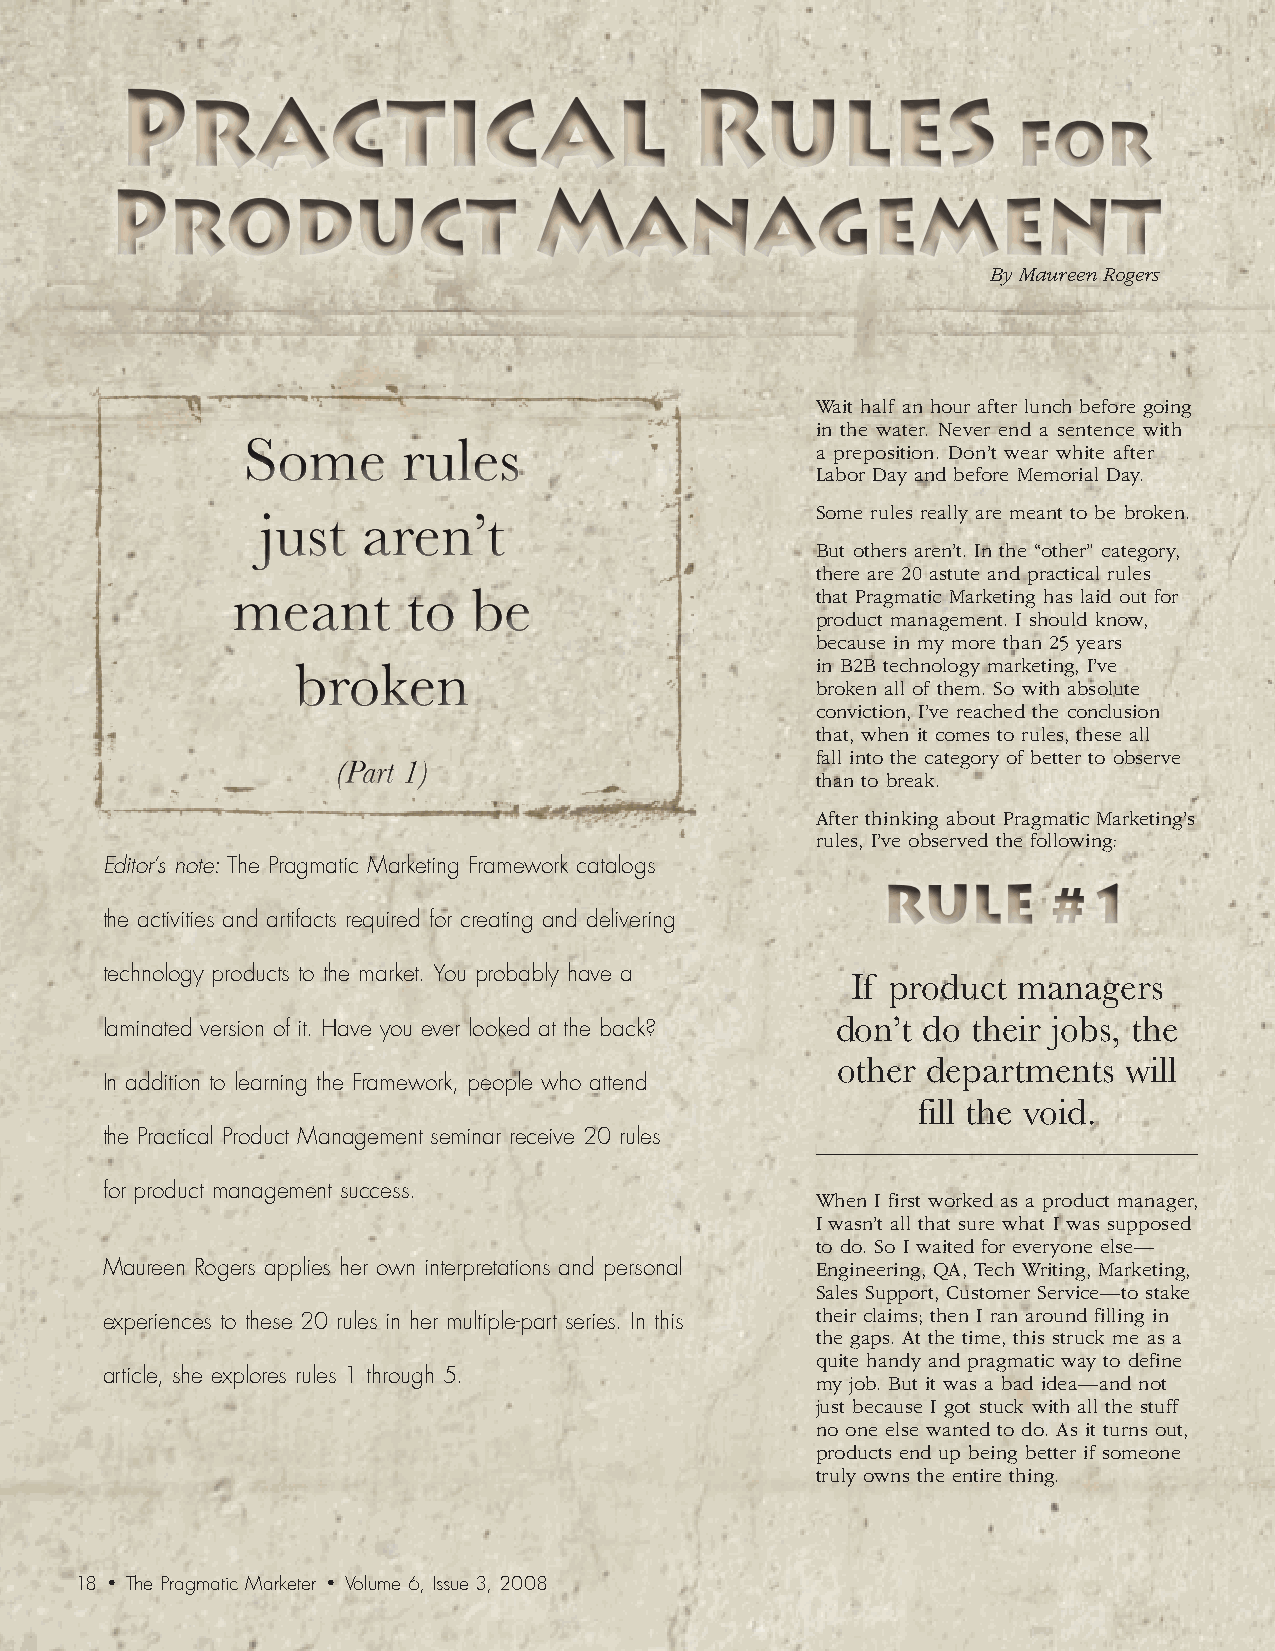
Practical                             Rules
 for
 Product                     Management
 By Maureen Rogers
 Wait half an hour after lunch before going
 in the water. Never end a sentence with
 a preposition. Don’t wear white after
 Labor Day and before Memorial Day.
 Some rules really are meant to be broken.
 But others aren’t. In the “other” category,
 there are 20 astute and practical rules
 that Pragmatic Marketing has laid out for
 product management. I should know,
 because in my more than 25 years
 in B2B technology marketing, I’ve
 broken all of them. So with absolute
 conviction, I’ve reached the conclusion
 that, when it comes to rules, these all
 fall into the category of better to observe
 than to break.
 After thinking about Pragmatic Marketing’s
 rules, I’ve observed the following:
 Editor’s note: The Pragmatic Marketing Framework catalogs
 RULE       #1
 the activities and artifacts required for creating and delivering
 technology products to the market. You probably have a If product managers
 don’t do their jobs, the
 laminated version of it. Have you ever looked at the back?
 other departments  will
 In addition to learning the Framework, people who attend
 fill the void.
 the Practical Product Management seminar receive 20 rules
 for product management success.
 When I first worked as a product manager,
 I wasn’t all that sure what I was supposed
 to do. So I waited for everyone else—
 Maureen Rogers applies her own interpretations and personal Engineering, QA, Tech Writing, Marketing,
 Sales Support, Customer Service—to stake
 their claims; then I ran around filling in
 experiences to these 20 rules in her multiple-part series. In this
 the gaps. At the time, this struck me as a
 quite handy and pragmatic way to define
 article, she explores rules 1 through 5.
 my job. But it was a bad idea—and not
 just because I got stuck with all the stuff
 no one else wanted to do. As it turns out,
 products end up being better if someone
 truly owns the entire thing.
 18 • The Pragmatic Marketer • Volume 6, Issue 3, 2008